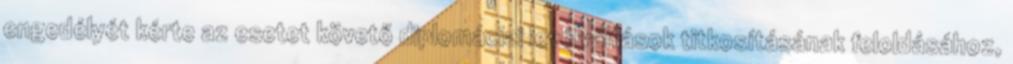
engedélyét kérte az esetet követő diplomáciai levélváltások titkosításának feloldásához,